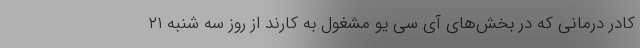
کادر درمانی که در بخش‌های آی سی یو مشغول به کارند از روز سه شنبه ۲۱